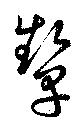
顰